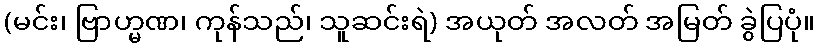
(မင်း၊ ဗြာဟ္မဏ၊ ကုန်သည်၊ သူဆင်းရဲ) အယုတ် အလတ် အမြတ် ခွဲပြပုံ။